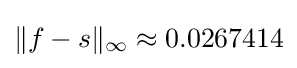
\|f-s\|_{\infty }\approx 0.0267414